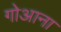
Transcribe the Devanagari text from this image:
गोआना